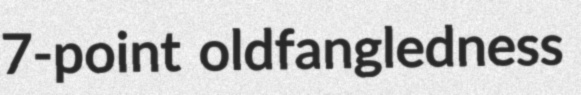
7-point oldfangledness